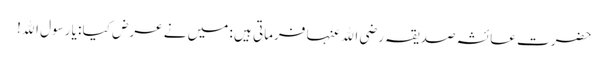
حضرت عائشہ صدیقہ رضی اﷲ عنہا فرماتی ہیں : میں نے عرض کیا : یا رسول اﷲ!